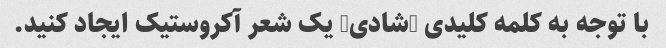
با توجه به کلمه کلیدی "شادی" یک شعر آکروستیک ایجاد کنید.